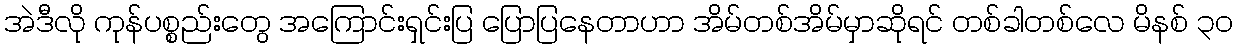
အဲဒီလို ကုန်ပစ္စည်းတွေ အကြောင်းရှင်းပြ ပြောပြနေတာဟာ အိမ်တစ်အိမ်မှာဆိုရင် တစ်ခါတစ်လေ မိနစ် ၃၀